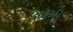
લૉની